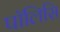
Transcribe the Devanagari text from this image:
पॉलिसि